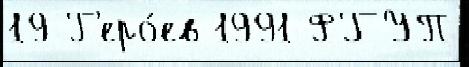
19 Г'еро́ев 1991 ФГУП